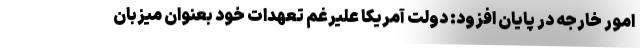
امور خارجه در پایان افزود: دولت آمریکا علیرغم تعهدات خود بعنوان میزبان